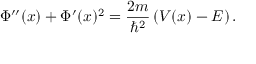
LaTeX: \Phi ^ { \prime \prime } ( x ) + \Phi ^ { \prime } ( x ) ^ { 2 } = { \frac { 2 m } { \hbar ^ { 2 } } } \left( V ( x ) - E \right) .